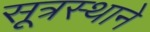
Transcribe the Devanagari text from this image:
सूत्रस्थाने